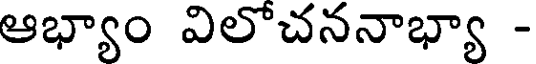
ఆభ్యాం విలోచననాభ్యా -